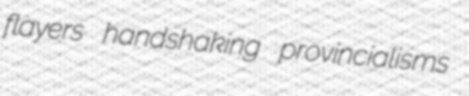
flayers handshaking provincialisms